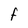
Character: F